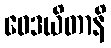
ဝေဒယိတာနိ